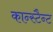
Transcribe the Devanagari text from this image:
कान्स्टैन्ट